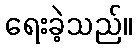
ရေးခဲ့သည်။